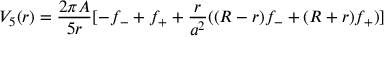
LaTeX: V _ { 5 } ( r ) = \frac { 2 \pi A } { 5 r } [ - f _ { - } + f _ { + } + \frac { r } { a ^ { 2 } } ( ( R - r ) f _ { - } + ( R + r ) f _ { + } ) ]